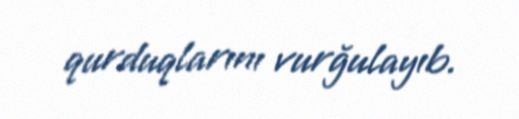
qurduqlarını vurğulayıb.